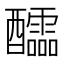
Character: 醽